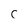
Character: C